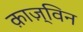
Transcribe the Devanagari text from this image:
क़ाज़्विन